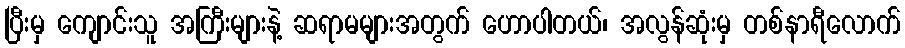
ပြီးမှ ကျောင်းသူ အကြီးများနဲ့ ဆရာမများအတွက် ဟောပါတယ်၊ အလွန်ဆုံးမှ တစ်နာရီလောက်